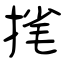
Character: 毮